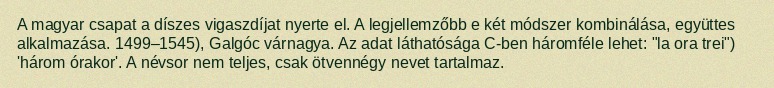
A magyar csapat a díszes vigaszdíjat nyerte el. A legjellemzőbb e két módszer kombinálása, együttes alkalmazása. 1499–1545), Galgóc várnagya. Az adat láthatósága C-ben háromféle lehet: "la ora trei") 'három órakor'. A névsor nem teljes, csak ötvennégy nevet tartalmaz.